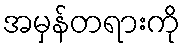
အမှန်တရားကို